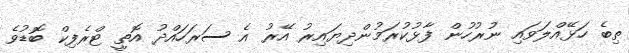
ތިބެ ހަޅޭއްލަވައި ނުރުހުން ފާޅުކުރަމުންދިޔައިރު އޭރު އެ ސަރަހައްދު އޮތީ ޓްރެފިކް ބޮޑުވެ